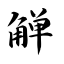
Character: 觯